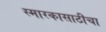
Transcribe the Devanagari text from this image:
स्मारकासाठीचा